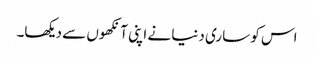
اس کو ساری دنیا نے اپنی آنکھوں سے دیکھا۔